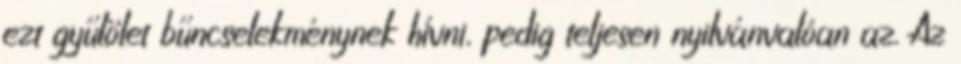
ezt gyűlölet bűncselekménynek hívni, pedig teljesen nyilvánvalóan az. Az